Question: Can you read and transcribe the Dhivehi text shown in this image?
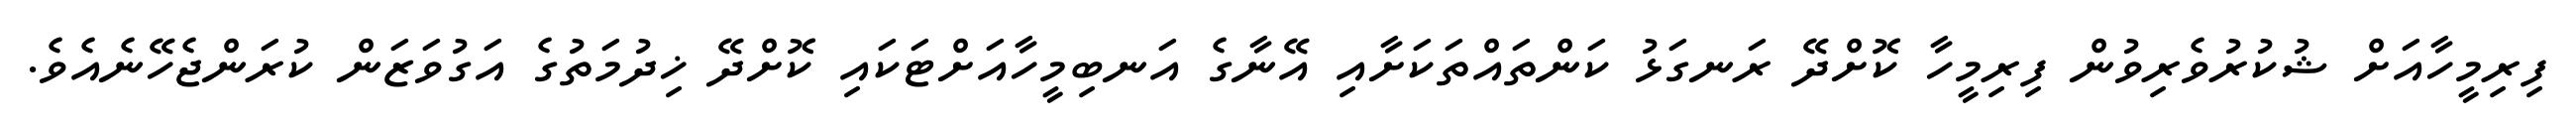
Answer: ފިރިމީހާއަށް ޝުކުރުވެރިވުން ފިރިމީހާ ކޮށްދޭ ރަނގަޅު ކަންތައްތަކަށާއި އޭނާގެ އަނބިމީހާއަށްޓަކައި ކޮށްދޭ ޚިދުމަތުގެ އަގުވަޒަން ކުރަންޖެހޭނެއެވެ.